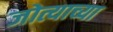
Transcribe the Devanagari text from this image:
जोत्याच्या